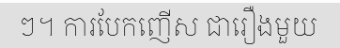
ៗ។ ការបែកញើស ជារឿងមួយ